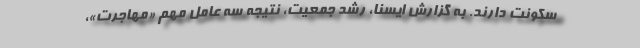
سکونت دارند. به گزارش ایسنا، رشد جمعیت، نتیجه سه عامل مهم «مهاجرت»،